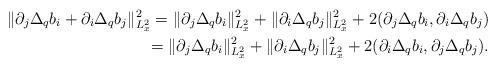
LaTeX: \begin{align*}\Vert \partial_j \Delta_qb_i + \partial_i \Delta_qb_j \Vert^2_{L^2_x} = \Vert \partial_j \Delta_qb_i \Vert^2_{L^2_x} + \Vert \partial_i \Delta_qb_j \Vert^2_{L^2_x} +2(\partial_j \Delta_qb_i,\partial_i \Delta_qb_j)\\= \Vert \partial_j \Delta_qb_i \Vert^2_{L^2_x} + \Vert \partial_i \Delta_qb_j \Vert^2_{L^2_x} +2(\partial_i \Delta_qb_i,\partial_j \Delta_qb_j).\end{align*}